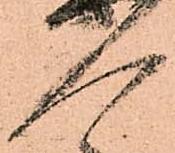
人